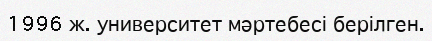
1996 ж. университет мәртебесі берілген.